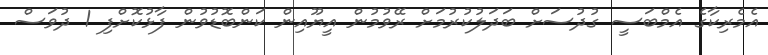
އެމެރިކާގެ އެމްބަސީ ގުުދުސަށް ބަދަލުކުރުމަށް ރޭވުމުން އީޔޫއިން ކަންބޮޑުވުން ފާޅުކޮށްފި 1 ދުވަސް